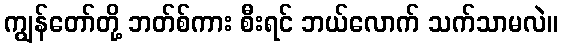
ကျွန်တော်တို့ ဘတ်စ်ကား စီးရင် ဘယ်လောက် သက်သာမလဲ။